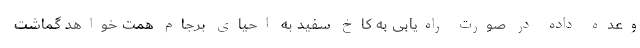
وعده داده در صورت راه‌یابی به کاخ سفید به احیای برجام همت خواهد گماشت